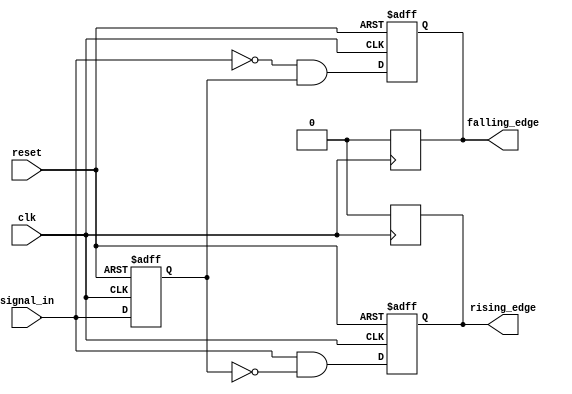
module differential_edge_detector (
    input wire clk,                // Clock signal
    input wire reset,              // Reset signal
    input wire signal_in,          // Input signal
    output reg rising_edge,        // Rising edge detected output
    output reg falling_edge        // Falling edge detected output
);

    // Memory block to store the previous state of the input signal
    reg previous_state;

    // Synchronous process to detect edges
    always @(posedge clk or posedge reset) begin
        if (reset) begin
            // Initialize outputs and previous state on reset
            rising_edge <= 1'b0;
            falling_edge <= 1'b0;
            previous_state <= 1'b0;
        end else begin
            // Edge detection logic
            rising_edge <= (signal_in && !previous_state);  // Rising edge detected
            falling_edge <= (!signal_in && previous_state); // Falling edge detected
            
            // Update previous state
            previous_state <= signal_in;
        end
    end

    // De-assert output signals after one clock cycle
    always @(posedge clk) begin
        if (rising_edge) begin
            rising_edge <= 1'b0; // Clear rising edge signal after one cycle
        end
        if (falling_edge) begin
            falling_edge <= 1'b0; // Clear falling edge signal after one cycle
        end
    end

endmodule